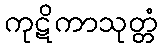
ကုဋိကာသုတ္တံ